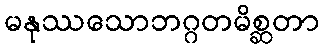
မနုဿသောဘဂ္ဂတမိစ္ဆတာ